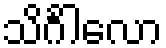
သိင်္ဂါလော